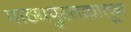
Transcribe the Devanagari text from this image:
पाठ्यपुस्तकातून